Report of an investigation of the epidemic of malarial fever in Assam, or, kala-azar
Disease focus: Malaria
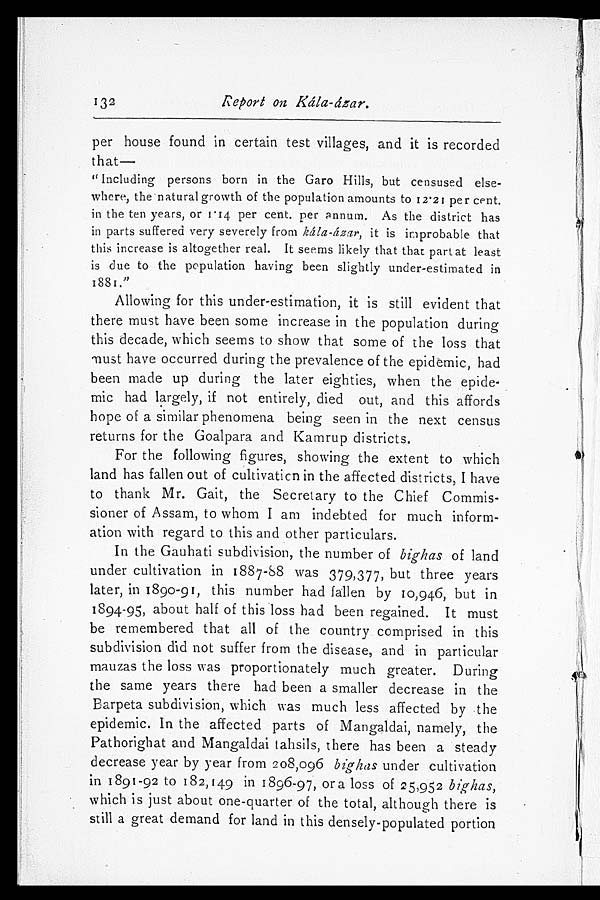
132
Report on Kála-ázar.
per house found in certain test villages, and it is recorded
that —
"Including persons born in the Garo Hills, but censused else-
where, the natural growth of the population amounts to 12.21 per cent.
in the ten years, or 1.14 per cent. per annum. As the district has
in parts suffered very severely from kála-ázar, it is improbable that
this increase is altogether real. It seems likely that that part at least
is due to the population having been slightly under-estimated in
1881."
Allowing for this under-estimation, it is still evident that
there must have been some increase in the population during
this decade, which seems to show that some of the loss that
must have occurred during the prevalence of the epidemic, had
been made up during the later eighties, when the epide-
mic had largely, if not entirely, died out, and this affords
hope of a similar phenomena being seen in the next census
returns for the Goalpara and Kamrup districts.
For the following figures, showing the extent to which
land has fallen out of cultivation in the affected districts, I have
to thank Mr. Gait, the Secretary to the Chief Commis-
sioner of Assam, to whom I am indebted for much inform-
ation with regard to this and other particulars.
In the Gauhati subdivision, the number of bighas of land
under cultivation in 1887-88 was 379,377, but three years
later, in 1890-91, this number had fallen by 10,946, but in
1894-95, about half of this loss had been regained. It must
be remembered that all of the country comprised in this
subdivision did not suffer from the disease, and in particular
mauzas the loss was proportionately much greater. During
the same years there had been a smaller decrease in the
Earpeta subdivision, which was much less affected by the
epidemic. In the affected parts of Mangaldai, namely, the
Pathorighat and Mangaldai tahsils, there has been a steady
decrease year by year from 208,096 bighas under cultivation
in 1891-92 to 182,149 in 1896-97, or a loss of 25,952 bighas,
which is just about one-quarter of the total, although there is
still a great demand for land in this densely-populated portion
I F